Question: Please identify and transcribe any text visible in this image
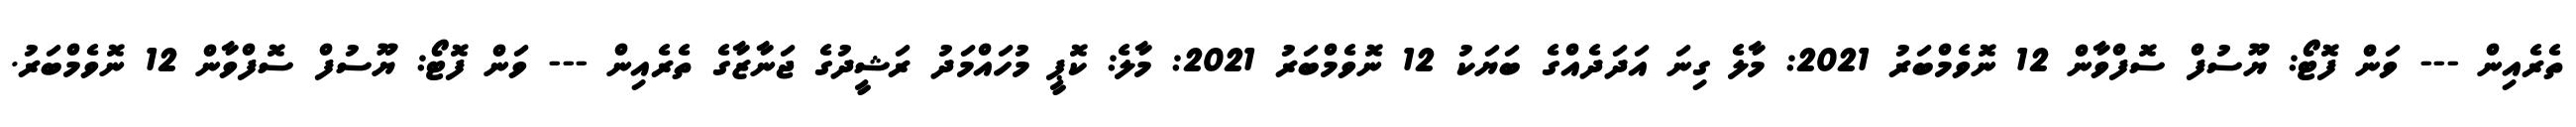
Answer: ތެރެއިން --- ވަން ފޮޓޯ: ޔޫސުފް ސޮފްވާން 12 ނޮވެމްބަރު 2021: މާލެ ގިނަ އަދަދެއްގެ ބަޔަކު 12 ނޮވެމްބަރު 2021: މާލެ: ކޮޕީ މުހައްމަދު ރަޝީދުގެ ޖަނާޒާގެ ތެރެއިން --- ވަން ފޮޓޯ: ޔޫސުފް ސޮފްވާން 12 ނޮވެމްބަރު.